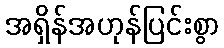
အရှိန်အဟုန်ပြင်းစွာ